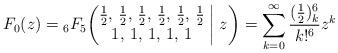
LaTeX: \begin{gather*}F_0(z)={}_6F_5\biggl(\begin{matrix} \frac12, \, \frac12, \, \frac12, \, \frac12, \, \frac12, \, \frac12 \\ 1, \, 1, \, 1, \, 1, \, 1 \end{matrix}\biggm|z\biggr)=\sum_{k=0}^\infty\frac{(\frac12)_k^6}{k!^6} z^k\end{gather*}